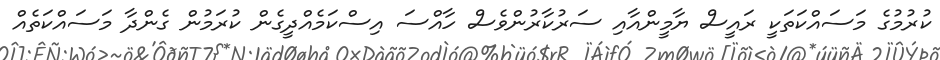
ކުރުމުގެ މަސައްކަތަކީ ރައީސް ޔާމީންއާއި ސަރުކާރުންވެސް ހާއްސަ އިސްކަމެއްދީގެން ކުރަމުން ގެންދާ މަސައްކަތެއް